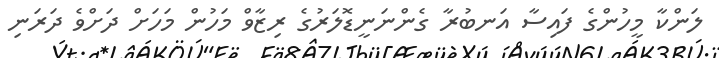
ލަންކާ މީހުންގެ ފައިސާ އަނބުރާ ގެންނަނީޑޮލަރުގެ ރިޒާވް މަހުން މަހަށް ދަށްވެ ދަރަނި